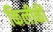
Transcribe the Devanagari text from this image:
किलीकी